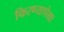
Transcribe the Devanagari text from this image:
फिरण्यापेक्षा